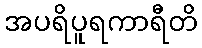
အပရိပူရကာရီတိ